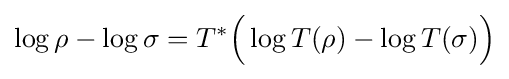
\log \rho -\log \sigma =T^{*}{\Bigl (}\log T(\rho )-\log T(\sigma ){\Bigr )}